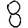
Digit: 8